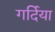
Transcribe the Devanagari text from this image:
गर्दिया